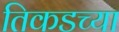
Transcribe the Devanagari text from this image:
तिकडच्या